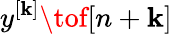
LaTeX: y^{[\mathbf{k}]}\tof[n+\mathbf{k}]